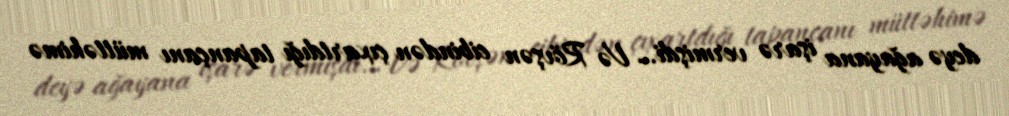
deyə ağayana işarə vermişdi… Və Rövşən cibindən çıxartdığı tapançanı müttəhimə